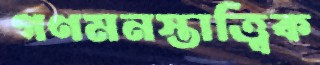
গণমনস্তাত্ত্বিক